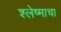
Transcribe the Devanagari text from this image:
श्लेष्माचा